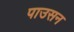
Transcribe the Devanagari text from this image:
पाउसन